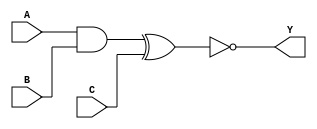
module Combinational_logic_blocks (
    input A,
    input B,
    input C,
    output Y
);

wire   w1, w2, w3, w4;

assign w1 = A & B; // AND gate
assign w2 = A | B; // OR gate
assign w3 = w1 ^ C; // XOR gate
assign w4 = ~w3; // NOT operation using inverter gate

assign Y = w4;

endmodule